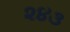
૨૪૩